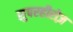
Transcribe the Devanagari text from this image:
सुपरहीरोज़